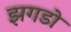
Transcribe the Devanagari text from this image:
झगडो